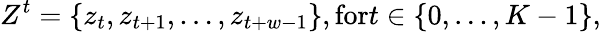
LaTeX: Z^{t}=\{ z_{t},z_{t+1},\ldots,z_{t+w-1}\} ,\textrm{for}t\in\{ 0,\ldots,K-1\} ,